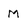
Character: M